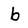
Character: b